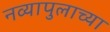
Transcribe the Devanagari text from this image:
नव्यापुलाच्या